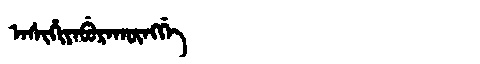
Manchu: ᠠᠰᡳᡥᡳᠶᠠᠪᡠᡵᠠᡴᡡᠩᡤᡝ
Romanization: ASIHIYABURAKŪNGGE